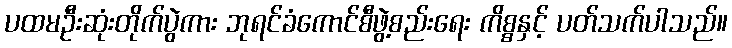
ပထမဦးဆုံးတိုက်ပွဲကား ဘုရင်ခံကောင်စီဖွဲ့စည်းရေး ကိစ္စနှင့် ပတ်သက်ပါသည်။